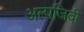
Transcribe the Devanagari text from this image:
अल्पजिवी